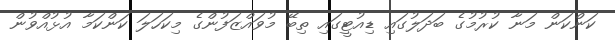
ކަންކަން މަނާ ކުރުމުގެ ބަދަލުގައި ޑިއުޓީގައި ތިބޭ މުވައްޒަފުންގެ މިކަހަލަ ކަންކަމާ އުޅުއްވުން